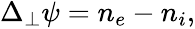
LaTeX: \begin{array}{r}{\Delta_{\perp}\psi=n_{e}-n_{i},}\end{array}